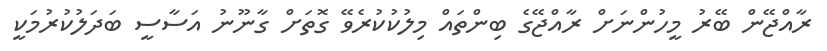
ރާއްޖޭން ބޭރު މީހުންނަށް ރާއްޖޭގެ ބިންތައް މިލުކުކުރެވޭ ގޮތަށް ގާނޫނު އަސާސީ ބަދަލުކުރުމަކީ